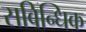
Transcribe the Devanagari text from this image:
सविन्धिक